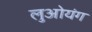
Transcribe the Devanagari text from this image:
लुओयंग